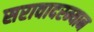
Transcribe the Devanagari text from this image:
सरावादरम्यान